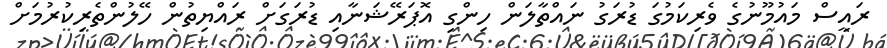
ރައީސް މައުމޫނުގެ ވެރިކަމުގަ ޑުރަގު ނައްތާލަން ހިންގި އޮޕަރޭޝަނާއި ޑުރަގަށް ރައްޔިތުން ހޭލުންތެރިކުރުމަށް